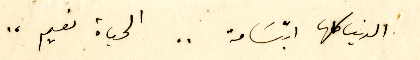
الدنيا كلها ابتسَامة .. الحياة نعيم ..